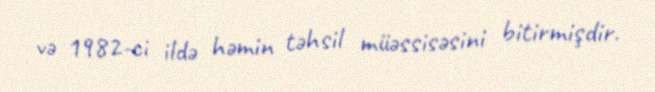
və 1982-ci ildə həmin təhsil müəssisəsini bitirmişdir.